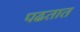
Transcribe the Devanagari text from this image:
पढतात